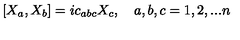
[ X _ { a } , X _ { b } ] = i c _ { a b c } X _ { c } , \quad a , b , c = 1 , 2 , . . . n